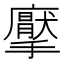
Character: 𭚋